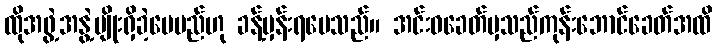
ထိုအဖွဲ့အနွဲ့မျိုးရှိခဲ့ပေမည်ဟု ခန့်မှန်းရပေသည်။ အင်းဝခေတ်မှသည်ကုန်းဘောင်ခေတ်အထိ